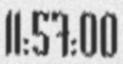
11:57:00